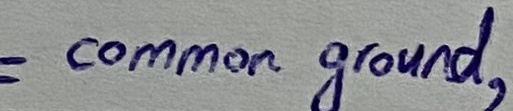
Text: common ground,